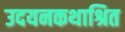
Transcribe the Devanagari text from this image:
उदयनकथाश्रित